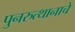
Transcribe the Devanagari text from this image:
पुनरुत्थानाचे